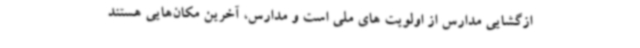
ازگشایی مدارس از اولویت ‌های ملی است و مدارس، آخرین مکان‌هایی هستند